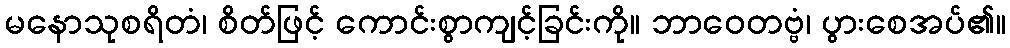
မနောသုစရိတံ၊ စိတ်ဖြင့် ကောင်းစွာကျင့်ခြင်းကို။ ဘာဝေတဗ္ဗံ၊ ပွားစေအပ်၏။